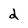
Character: 2